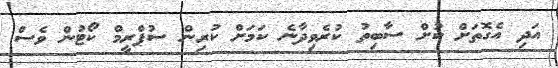
އަދި އެގޮތަށް ކުށް ސާބިތު ކުރެވިދާނެ ކަމަށް ކުރިން ސުޕްރީމް ކޯޓުން ވެސް